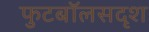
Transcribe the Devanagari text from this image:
फुटबॉलसदृश